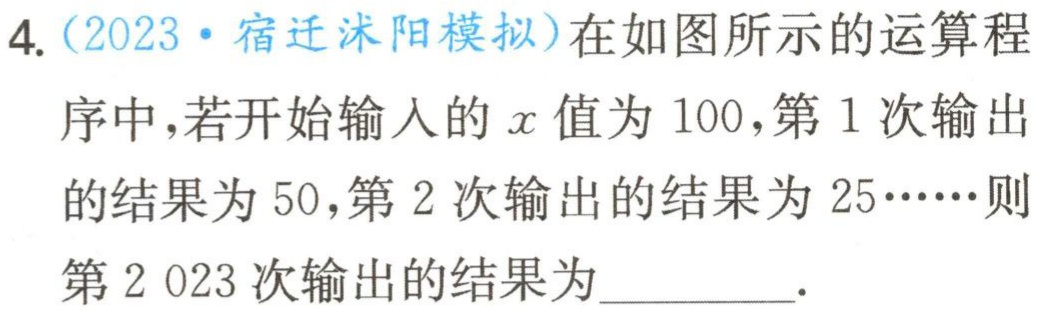
4.（2023·宿迁沭阳模拟）在如图所示的运算程序中，若开始输入的\(x\)值为\(100\)，第\(1\)次输出的结果为\(50\)，第\(2\)次输出的结果为\(25……\)则第\(2 023\)次输出的结果为__________.